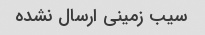
سیب زمینی ارسال نشده